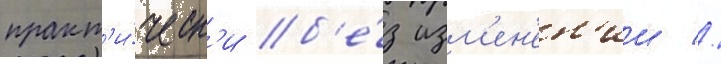
практ'и́ческ'и б'е́з изм'ен'ен'ии //